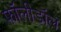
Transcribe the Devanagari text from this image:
फॉलीडॉल